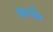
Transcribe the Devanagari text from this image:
झतके